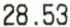
28.53